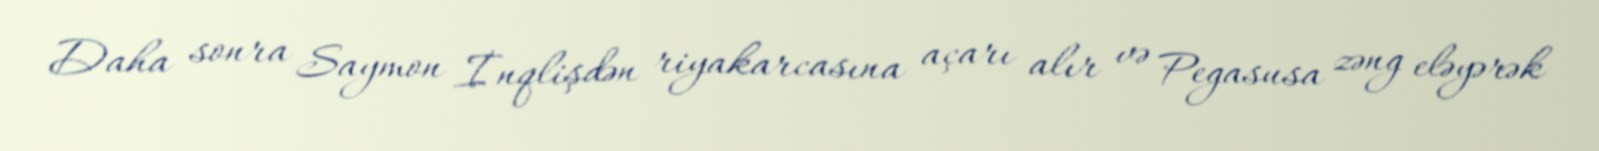
Daha sonra Saymon İnqlişdən riyakarcasına açarı alır və Pegasusa zəng eləyərək